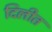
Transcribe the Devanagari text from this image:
दिलीत